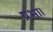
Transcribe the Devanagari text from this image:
प्रभा।